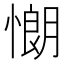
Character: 𢠯